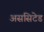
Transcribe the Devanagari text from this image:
अससिटेड